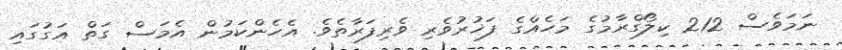
ނަމަވެސް 212 ކިލޯގްރާމުގެ މަހެއްގެ ފަޚުރުވެރި ވެރިފަރާތެވެ. އެހެންކަމުން އެމަސް ގަތް އަގުގައި